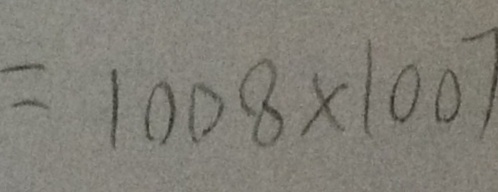
= 1 0 0 8 \times 1 0 0 7